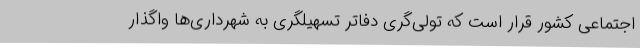
اجتماعی کشور قرار است که تولی‌گری دفاتر تسهیلگری به شهرداری‌ها واگذار